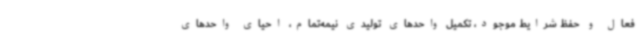
فعال و حفظ شرایط موجود، تکمیل واحدهای تولیدی نیمه‌تمام، احیای واحدهای